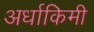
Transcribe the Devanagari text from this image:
अर्धाकिमी